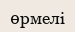
өрмелі